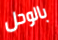
بالوحل